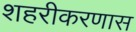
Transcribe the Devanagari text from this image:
शहरीकरणास